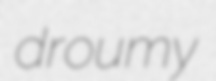
droumy